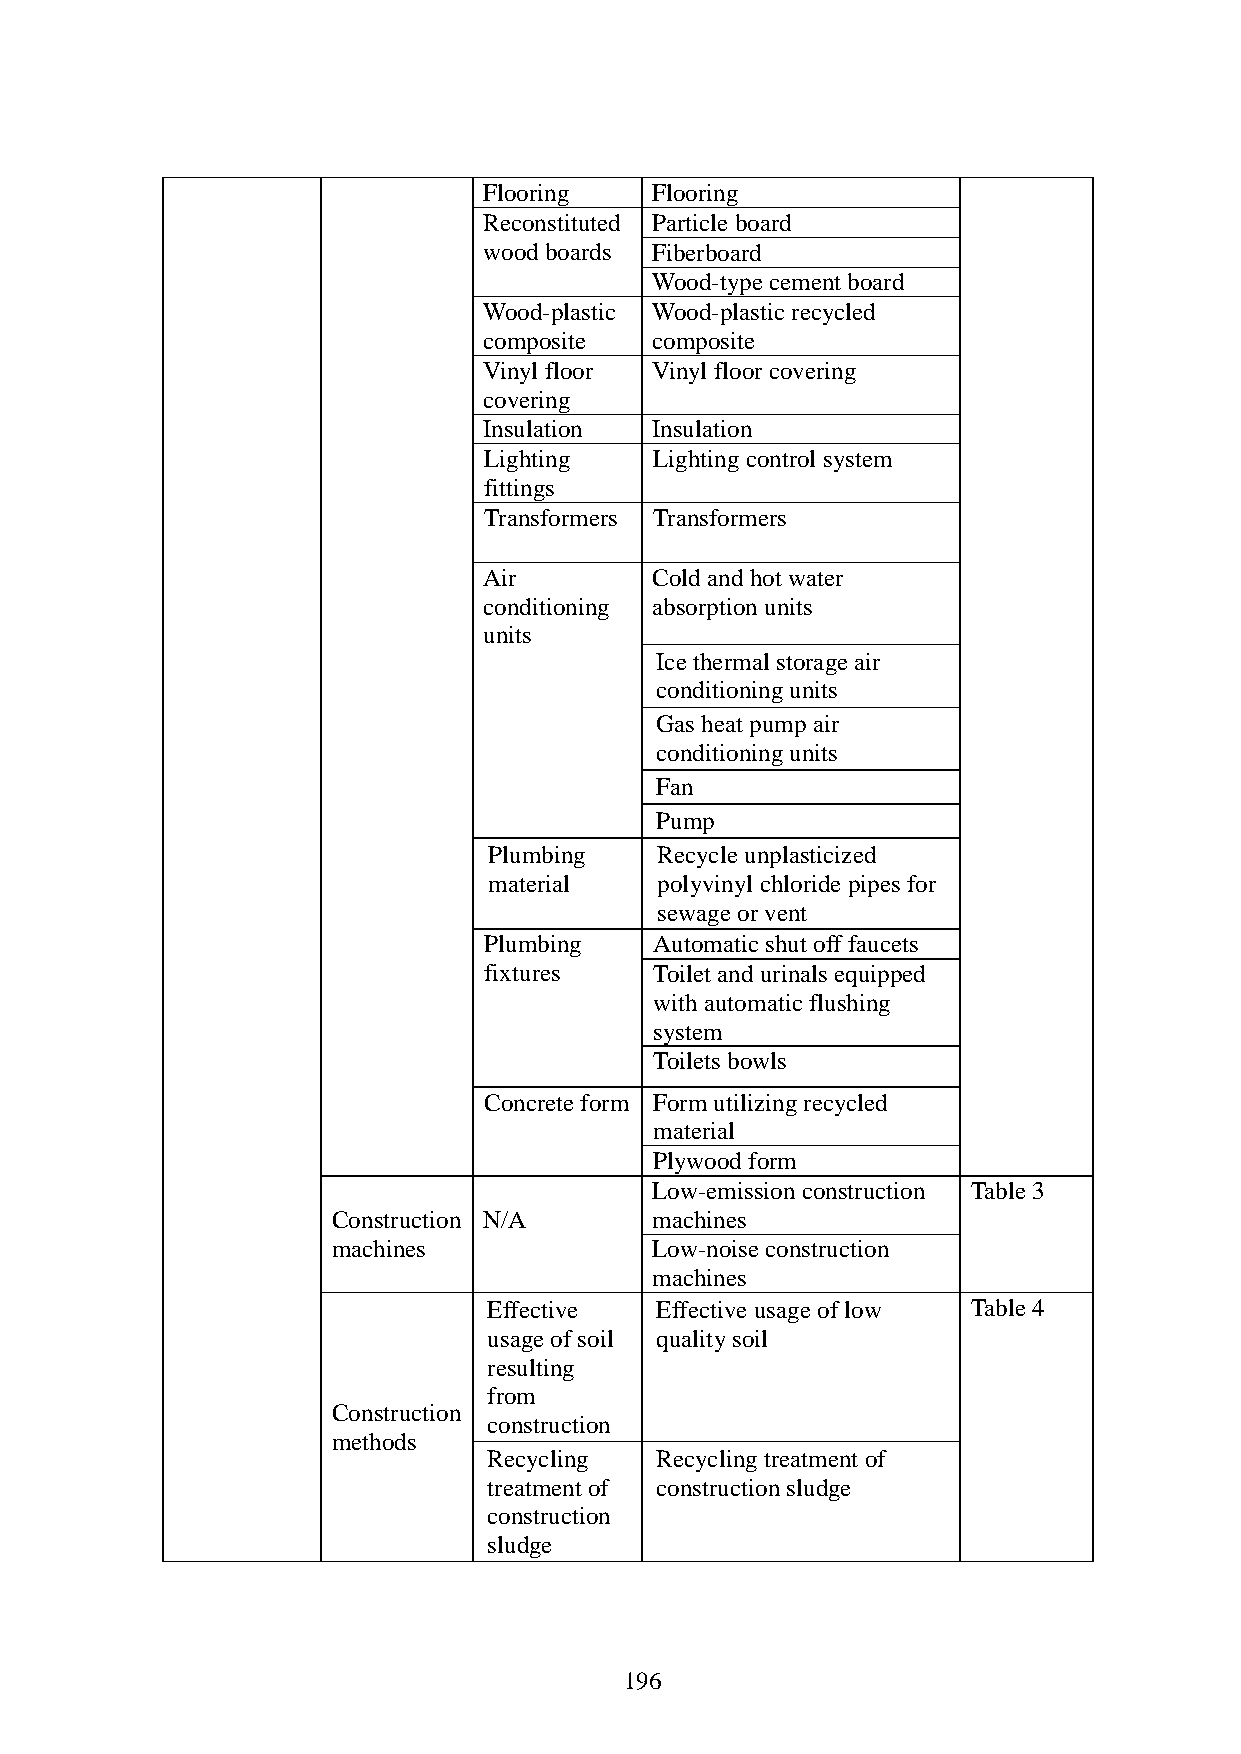
Flooring   Flooring
 Reconstituted Particle board
 wood boards Fiberboard
 Wood-type cement board
 Wood-plastic Wood-plastic recycled
 composite  composite
 Vinyl floor Vinyl floor covering
 covering
 Insulation Insulation
 Lighting   Lighting control system
 fittings
 Transformers Transformers
 Air        Cold and hot water
 conditioning absorption units
 units
 Ice thermal storage air
 conditioning units
 Gas heat pump air
 conditioning units
 Fan
 Pump
 Plumbing   Recycle unplasticized
 material   polyvinyl chloride pipes for
 sewage or vent
 Plumbing   Automatic shut off faucets
 fixtures   Toilet and urinals equipped
 with automatic flushing
 system
 Toilets bowls
 Concrete form Form utilizing recycled
 material
 Plywood form
 Low-emission construction Table 3
 Construction N/A     machines
 machines             Low-noise construction
 machines
 Effective  Effective usage of low Table 4
 usage of soil quality soil
 resulting
 from
 Construction
 construction
 methods
 Recycling  Recycling treatment of
 treatment of construction sludge
 construction
 sludge
 196